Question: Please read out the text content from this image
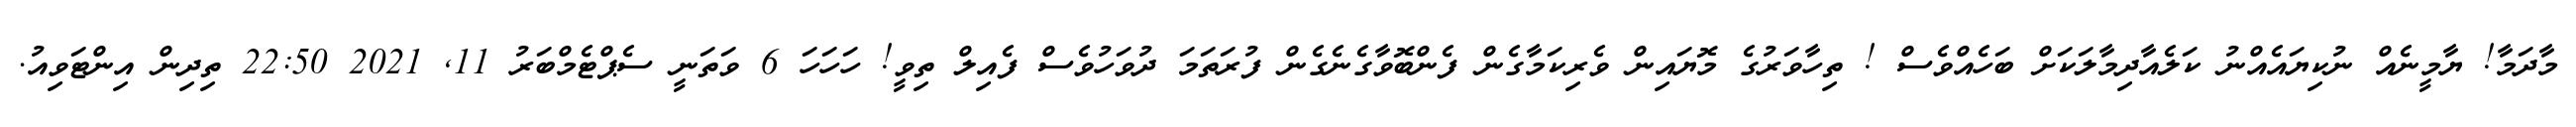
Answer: މާދަމާ! ޔާމީނެއް ނުކިޔައެއްނު ކަލެއާދިމާލަކަށް ބަހެއްވެސް ! ތިހާވަރުގެ މޮޔައިން ވެރިކަމާގެން ފެންބޮވާގެނެގެން ފުރަތަމަ ދުވަހުވެސް ފެއިލް ތިވީ! ހަހަހަ 6 ވަތަނީ ސެޕްޓެމްބަރު 11, 2021 22:50 ތިދިން އިންޓަވިއު.